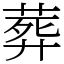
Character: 葬